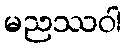
မညဿဝါ